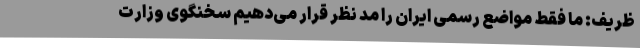
ظریف: ما فقط مواضع رسمی ایران را مد نظر قرار می‌دهیم سخنگوی وزارت